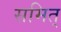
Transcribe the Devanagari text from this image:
समित्